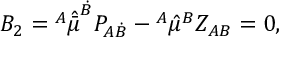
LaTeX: B _ { 2 } = { \l } ^ { A } \hat { \bar { \mu } } ^ { \dot { B } } P _ { A \dot { B } } - \l ^ { A } \hat { \mu } ^ { B } Z _ { A B } = 0 ,